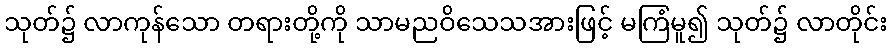
သုတ်၌ လာကုန်သော တရားတို့ကို သာမညဝိသေသအားဖြင့် မကြံမူ၍ သုတ်၌ လာတိုင်း